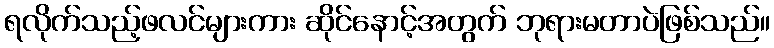
ရလိုက်သည့်ဖလင်များကား ဆိုင်နောင့်အတွက် ဘုရားမတာပဲဖြစ်သည်။